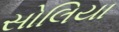
સોલિયા